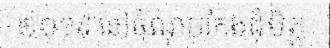
២០១៩ នៅចំណុចកែងជុំមិត្ត